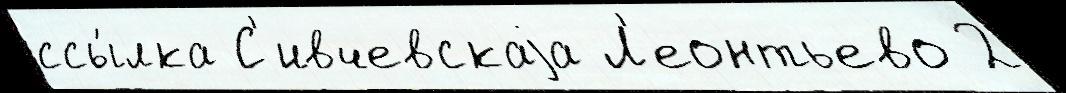
ссы́лка С'ивчевскаjа Л'еонтьево 2